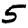
Digit: 5